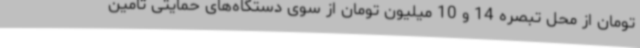
تومان از محل تبصره 14 و 10 میلیون تومان از سوی دستگاه‌های حمایتی تامین